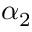
\alpha _ { 2 }